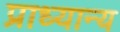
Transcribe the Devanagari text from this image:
प्राध्यान्य